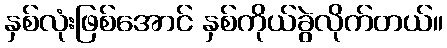
နှစ်လုံးဖြစ်အောင် နှစ်ကိုယ်ခွဲလိုက်တယ်။